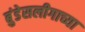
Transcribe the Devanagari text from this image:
बुंडेसलीगाच्या